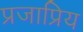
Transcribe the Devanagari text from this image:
प्रजाप्रिय